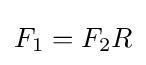
{\textstyle F_{1}=F_{2}R}